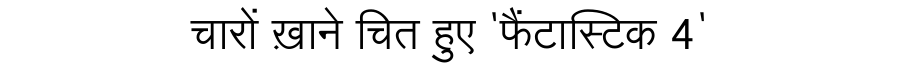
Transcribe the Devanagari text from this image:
चारों ख़ाने चित हुए 'फैंटास्टिक 4'